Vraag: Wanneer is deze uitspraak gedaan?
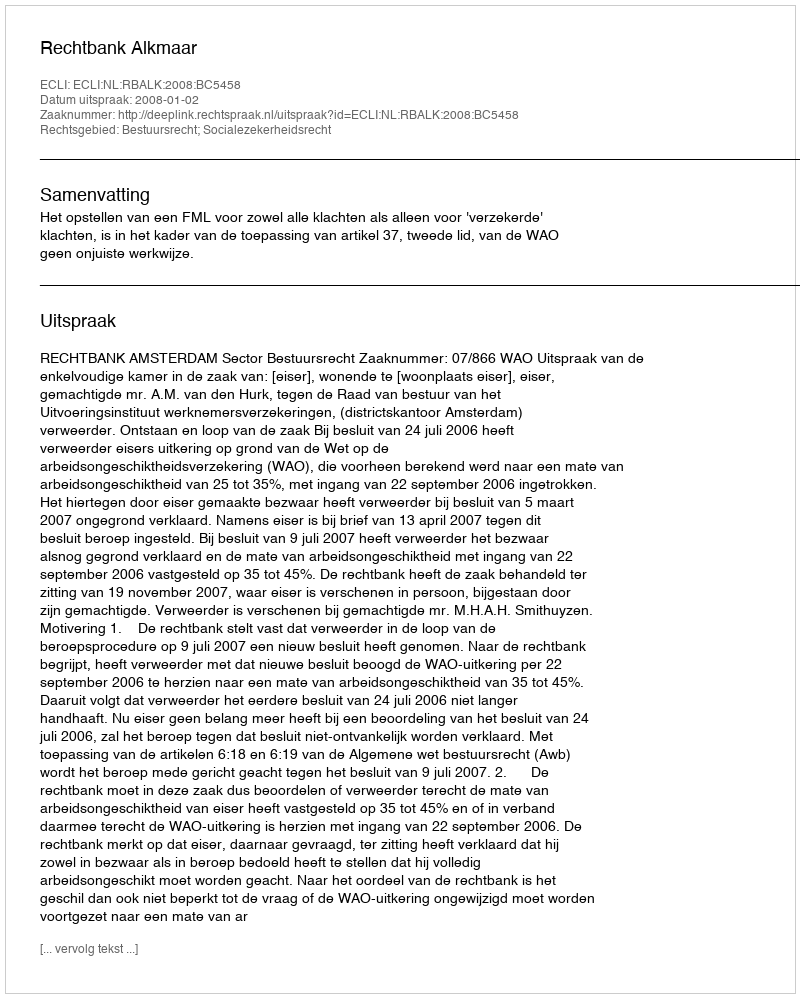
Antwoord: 2008-01-02